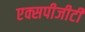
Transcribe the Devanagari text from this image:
एक्सपीजीटी